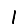
Digit: 1